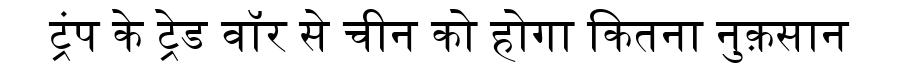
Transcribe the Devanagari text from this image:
ट्रंप के ट्रेड वॉर से चीन को होगा कितना नुक़सान